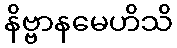
နိဗ္ဗာနမေဟိသိ